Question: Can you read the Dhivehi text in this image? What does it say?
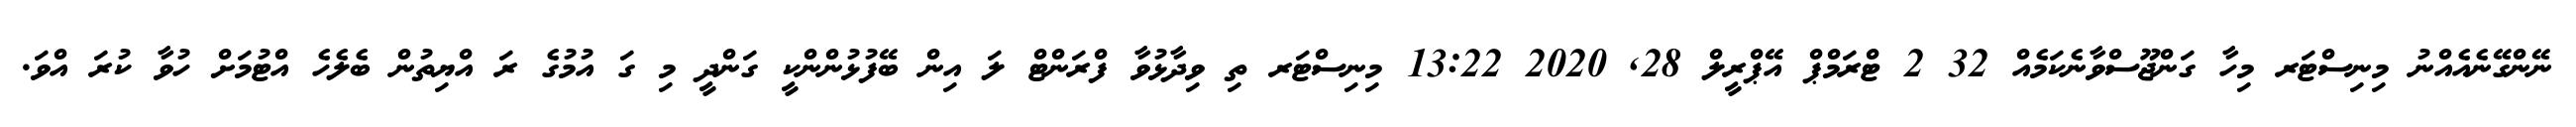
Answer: ނޭންގޭނެއެއްނު މިނިސްޓަރ މިހާ ގަންޖޫސްވާނެކަމެއް 32 2 ޓްރަމްޕް އޭޕްރީލް 28, 2020 13:22 މިނިސްޓަރ ތި ވިދާޅުވާ ފްރަންޓް ލަ އިން ބޭފުޅުންންކީ ގަންދީ މި ގަ އުމުގެ ރަ އްޔިތުން ބެލެހެ އްޓުމަށް ހުވާ ކުރަ އްވަ.